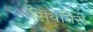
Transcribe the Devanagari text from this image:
सिवगिरी